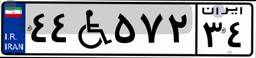
۴۴W۵۷۲۳۴